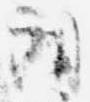
朗